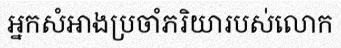
អ្នកសំអាងប្រចាំភរិយារបស់លោក